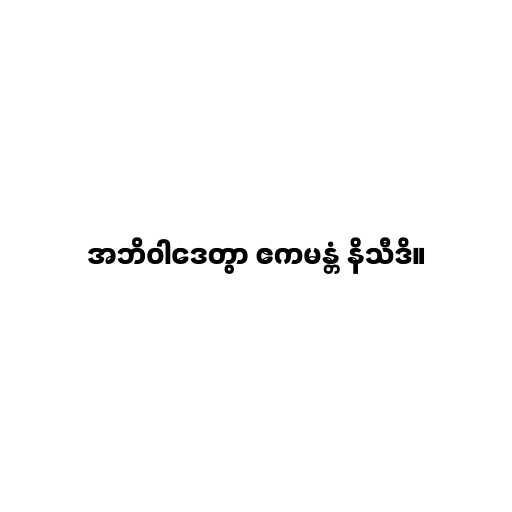
အဘိဝါဒေတွာ ဧကမန္တံ နိသီဒိ။